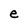
Character: e